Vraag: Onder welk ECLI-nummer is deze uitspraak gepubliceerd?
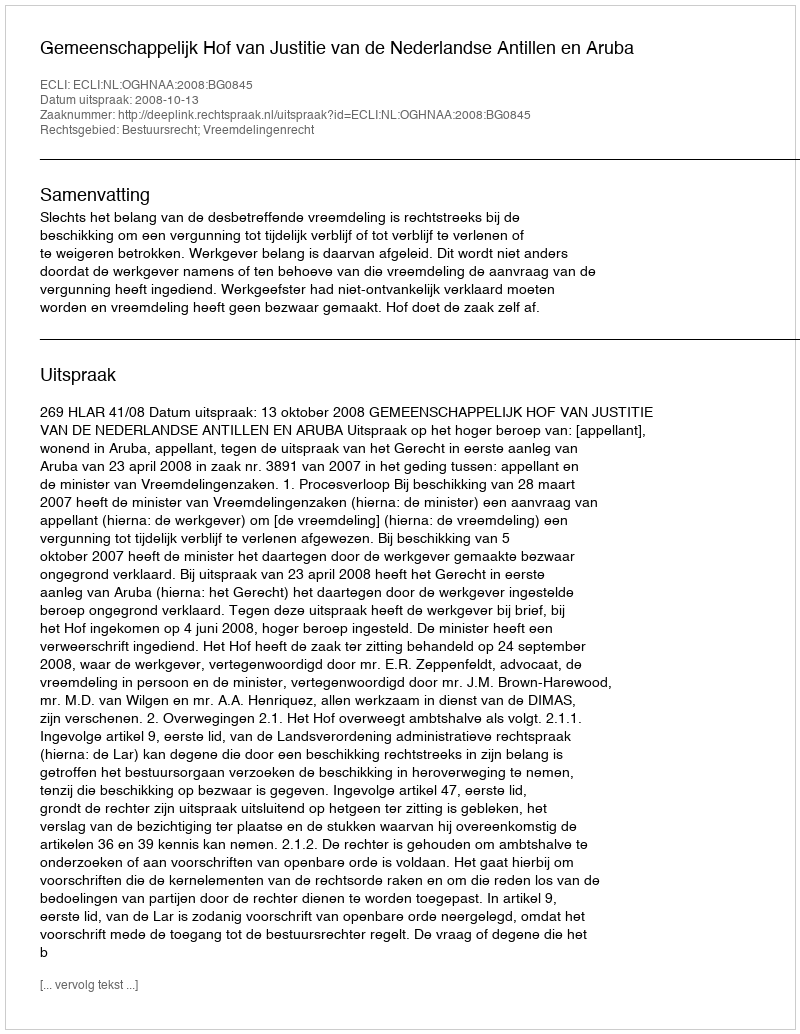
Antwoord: ECLI:NL:OGHNAA:2008:BG0845